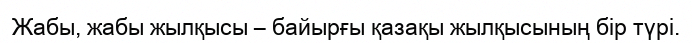
Жабы, жабы жылқысы – байырғы қазақы жылқысының бір түрі.